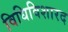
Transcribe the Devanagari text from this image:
विधिविशारद